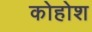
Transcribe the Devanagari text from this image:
कोहोश